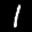
Label: 1